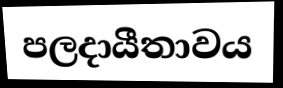
පලදායීතාවය